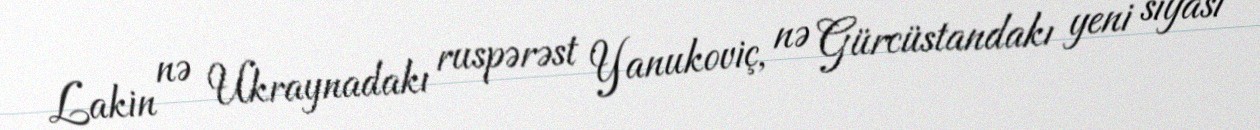
Lakin nə Ukraynadakı ruspərəst Yanukoviç, nə Gürcüstandakı yeni siyasi